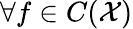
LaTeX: \forall f\in C({\cal{X}})